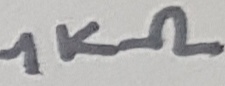
Text: 1KΩ